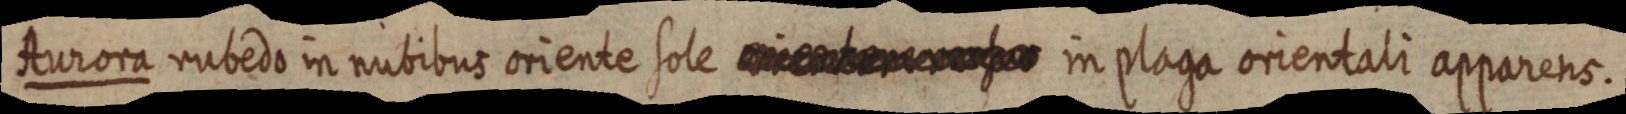
Aurora rubedo in nubibus oriente sole in plaga orentali apparens.